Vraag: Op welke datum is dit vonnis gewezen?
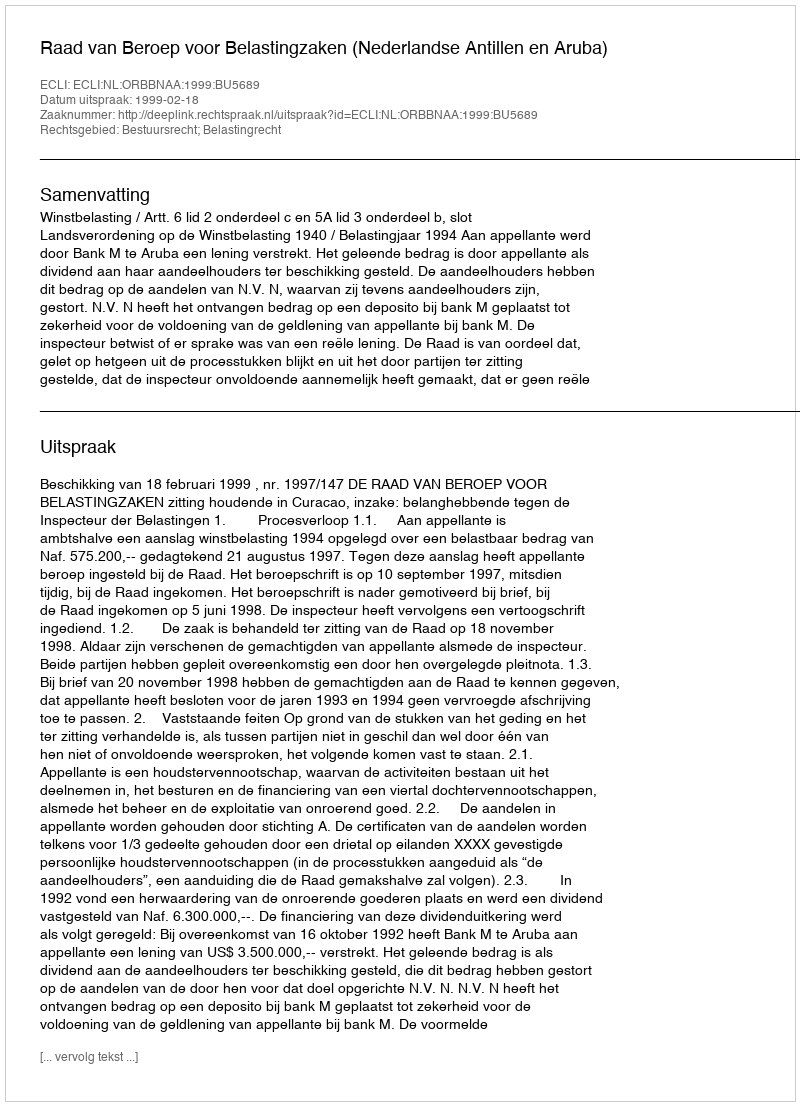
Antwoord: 1999-02-18